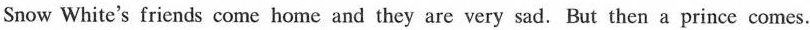
Snow White's friends come home and they are very sad. But then a prince comes.